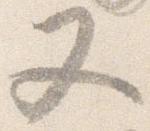
又